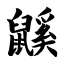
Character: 鼷